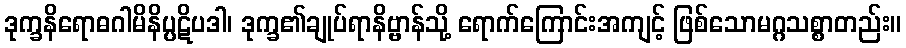
ဒုက္ခနိရောဓဂါမိနိပ္ပဋိပဒါ၊ ဒုက္ခ၏ချုပ်ရာနိဗ္ဗာန်သို့ ရောက်ကြောင်းအကျင့် ဖြစ်သောမဂ္ဂသစ္စာတည်း။